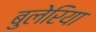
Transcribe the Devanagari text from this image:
बुलेरिया